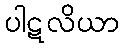
ပါဋလိယာ